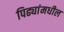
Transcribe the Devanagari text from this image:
पिढ्यांमधील